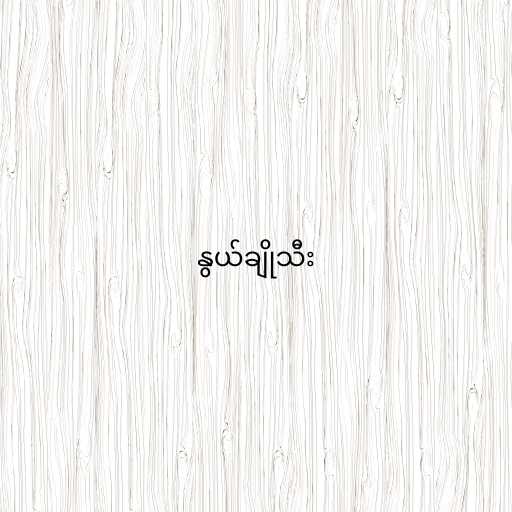
နွယ်ချိုသီး